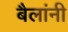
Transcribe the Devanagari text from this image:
बैलांनी